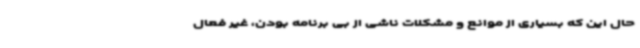
حال این که بسیاری از موانع و مشکلات ناشی از بی برنامه بودن، غیر فعال